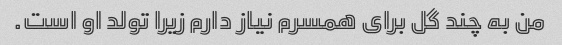
من به چند گل برای همسرم نیاز دارم زیرا تولد او است.